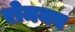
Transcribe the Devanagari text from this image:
रोमनव